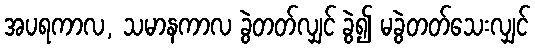
အပရကာလ, သမာနကာလ ခွဲတတ်လျှင် ခွဲ၍ မခွဲတတ်သေးလျှင်